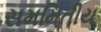
સમમિતીય